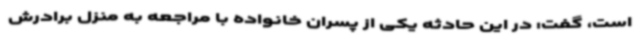
است، گفت: در این حادثه یکی از پسران خانواده با مراجعه به منزل برادرش